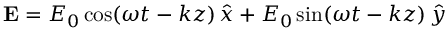
{ \bf E } = E _ { 0 } \cos ( \omega t - k z ) \, \hat { x } + E _ { 0 } \sin ( \omega t - k z ) \, \hat { y }